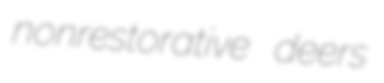
nonrestorative deers